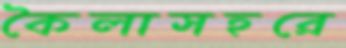
কৈলাসহরে